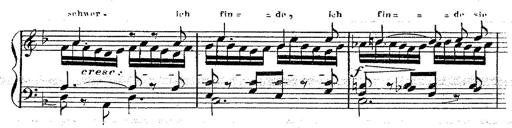
Title: 12 Lieder von Franz Schubert
Composer: Franz Liszt